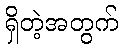
ရှိတဲ့အတွက်